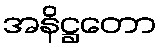
အနိဋ္ဌတော